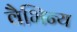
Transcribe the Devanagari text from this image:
वैभिन्य